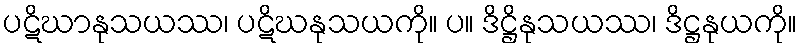
ပဋိဃာနုသယဿ၊ ပဋိဃနုသယကို။ ပ။ ဒိဋ္ဌိနုသယဿ၊ ဒိဋ္ဌနုယကို။